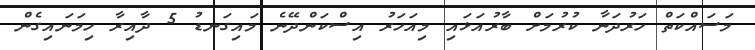
މަސައްކަތް ހަރުދަނާ ކުރުމަށް ބާރުއަޅައި މިއަހަރު އިސްކަންދޭނެ މައިގަނޑު 5 ދާއިރާ ހިމަނައިގެން